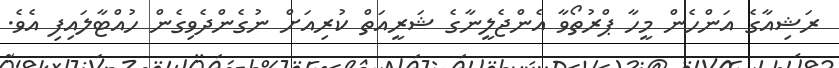
ރަޝިއާގެ އަންހެން މީހާ ޕްރުތޯވާ އެންޖެލީނާގެ ޝަރީއަތް ކުރިއަށް ނުގެންދެވިގެން ހުއްޓާލައިފި އެވެ.